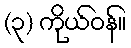
(၃) ကိုယ်ဝန်။